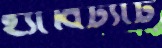
হ্যাবিট্যাট